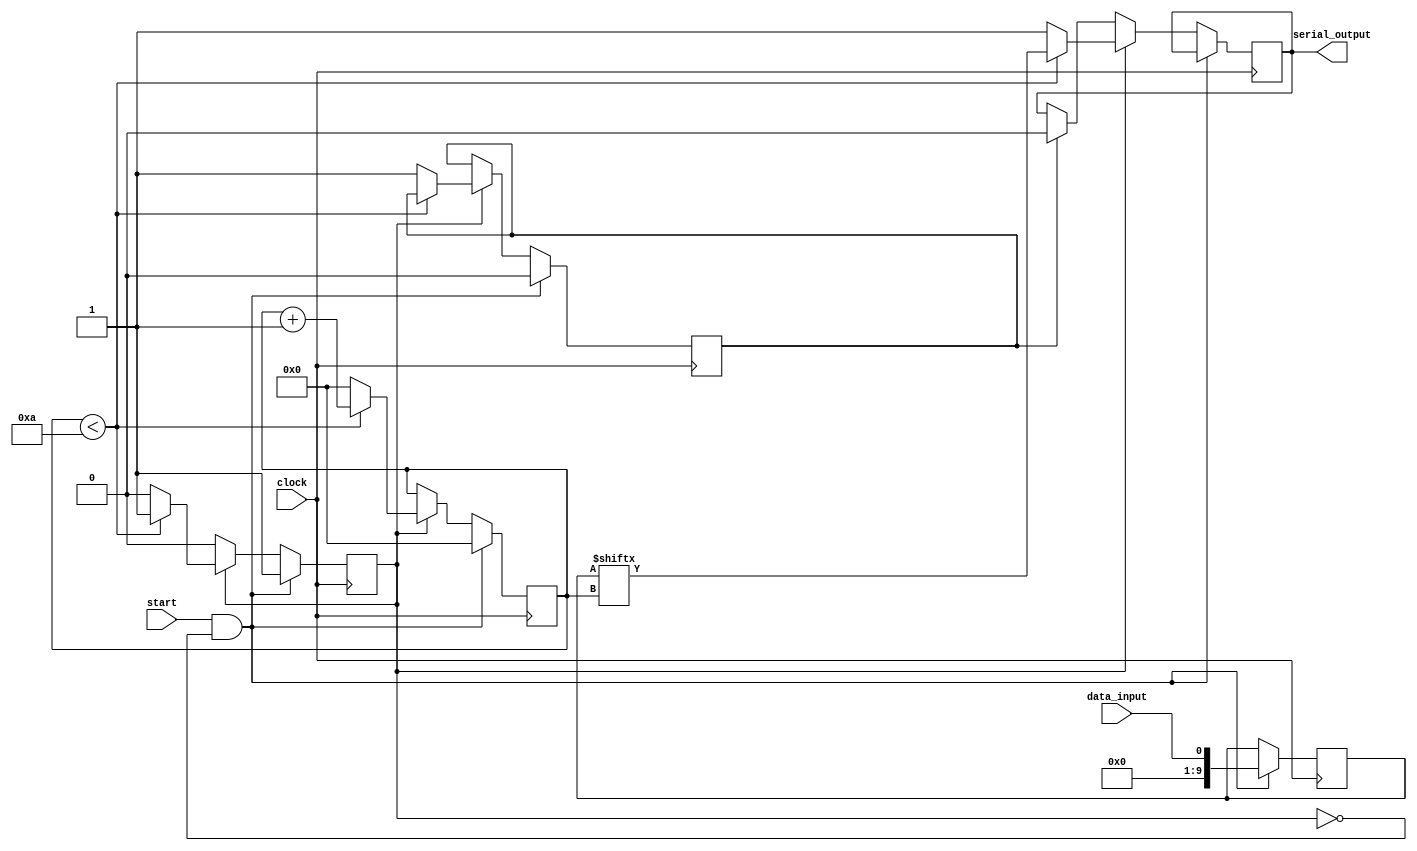
module UART_transmitter(
    input wire data_input,
    input wire clock,
    input wire start,
    output reg serial_output
);

reg [9:0] data_reg;
reg [3:0] bit_counter;
reg transmitting;
reg waiting_for_start;

parameter BAUD_RATE = 9600;
parameter CLOCK_FREQ = 50000000;

localparam BIT_PERIOD = CLOCK_FREQ / BAUD_RATE;

always @ (posedge clock) begin
    if (start && !transmitting) begin
        data_reg <= data_input;
        bit_counter <= 0;
        transmitting <= 1;
        waiting_for_start <= 0;
    end
    else if (transmitting) begin
        if (bit_counter < 10) begin
            serial_output <= data_reg[bit_counter];
            bit_counter <= bit_counter + 1;
        end
        else begin
            serial_output <= 1;
            bit_counter <= 0;
            transmitting <= 0;
            waiting_for_start <= 1;
        end
    end
    else if (waiting_for_start) begin
        serial_output <= 0;
    end
end

endmodule